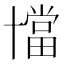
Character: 𠧁